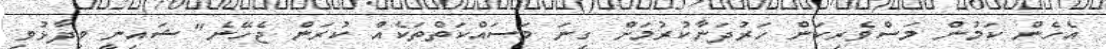
އެހެން ކަމުން މަސްވެރިކަން ހަރުދަނާކުރުމަށް ގިނަ މަސައްކަތްތަކެއް ކުރަން ޖެހޭނެ" ޝައިނީ ވިދާޅުވި